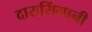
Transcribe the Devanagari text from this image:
दारासिंगानी